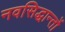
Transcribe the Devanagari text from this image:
नवसिद्धान्तों